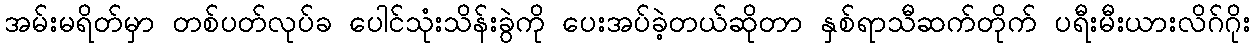
အမ်းမရိတ်မှာ တစ်ပတ်လုပ်ခ ပေါင်သုံးသိန်းခွဲကို ပေးအပ်ခဲ့တယ်ဆိုတာ နှစ်ရာသီဆက်တိုက် ပရီးမီးယားလိဂ်ဂိုး